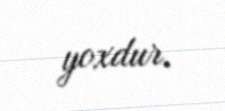
yoxdur.